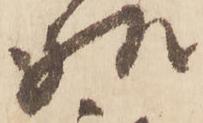
様